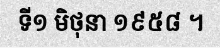
ទី១ មិថុនា ១៩៥៨ ។